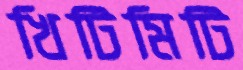
খিটিমিটি